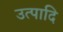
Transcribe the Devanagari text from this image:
उत्पादि